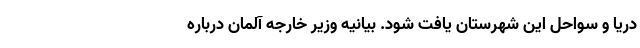
دریا و سواحل این شهرستان یافت شود. بیانیه وزیر خارجه آلمان درباره